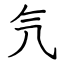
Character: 氕